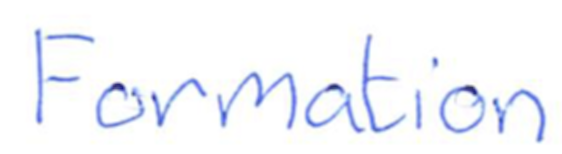
Text: Formation
Cross-out: clean
Writing tool: ballpoint